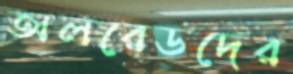
অলরেডদের